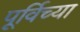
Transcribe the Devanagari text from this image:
पूर्विच्या